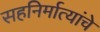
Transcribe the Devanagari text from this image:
सहनिर्मात्यांचे